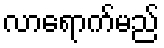
လာရောက်မည်